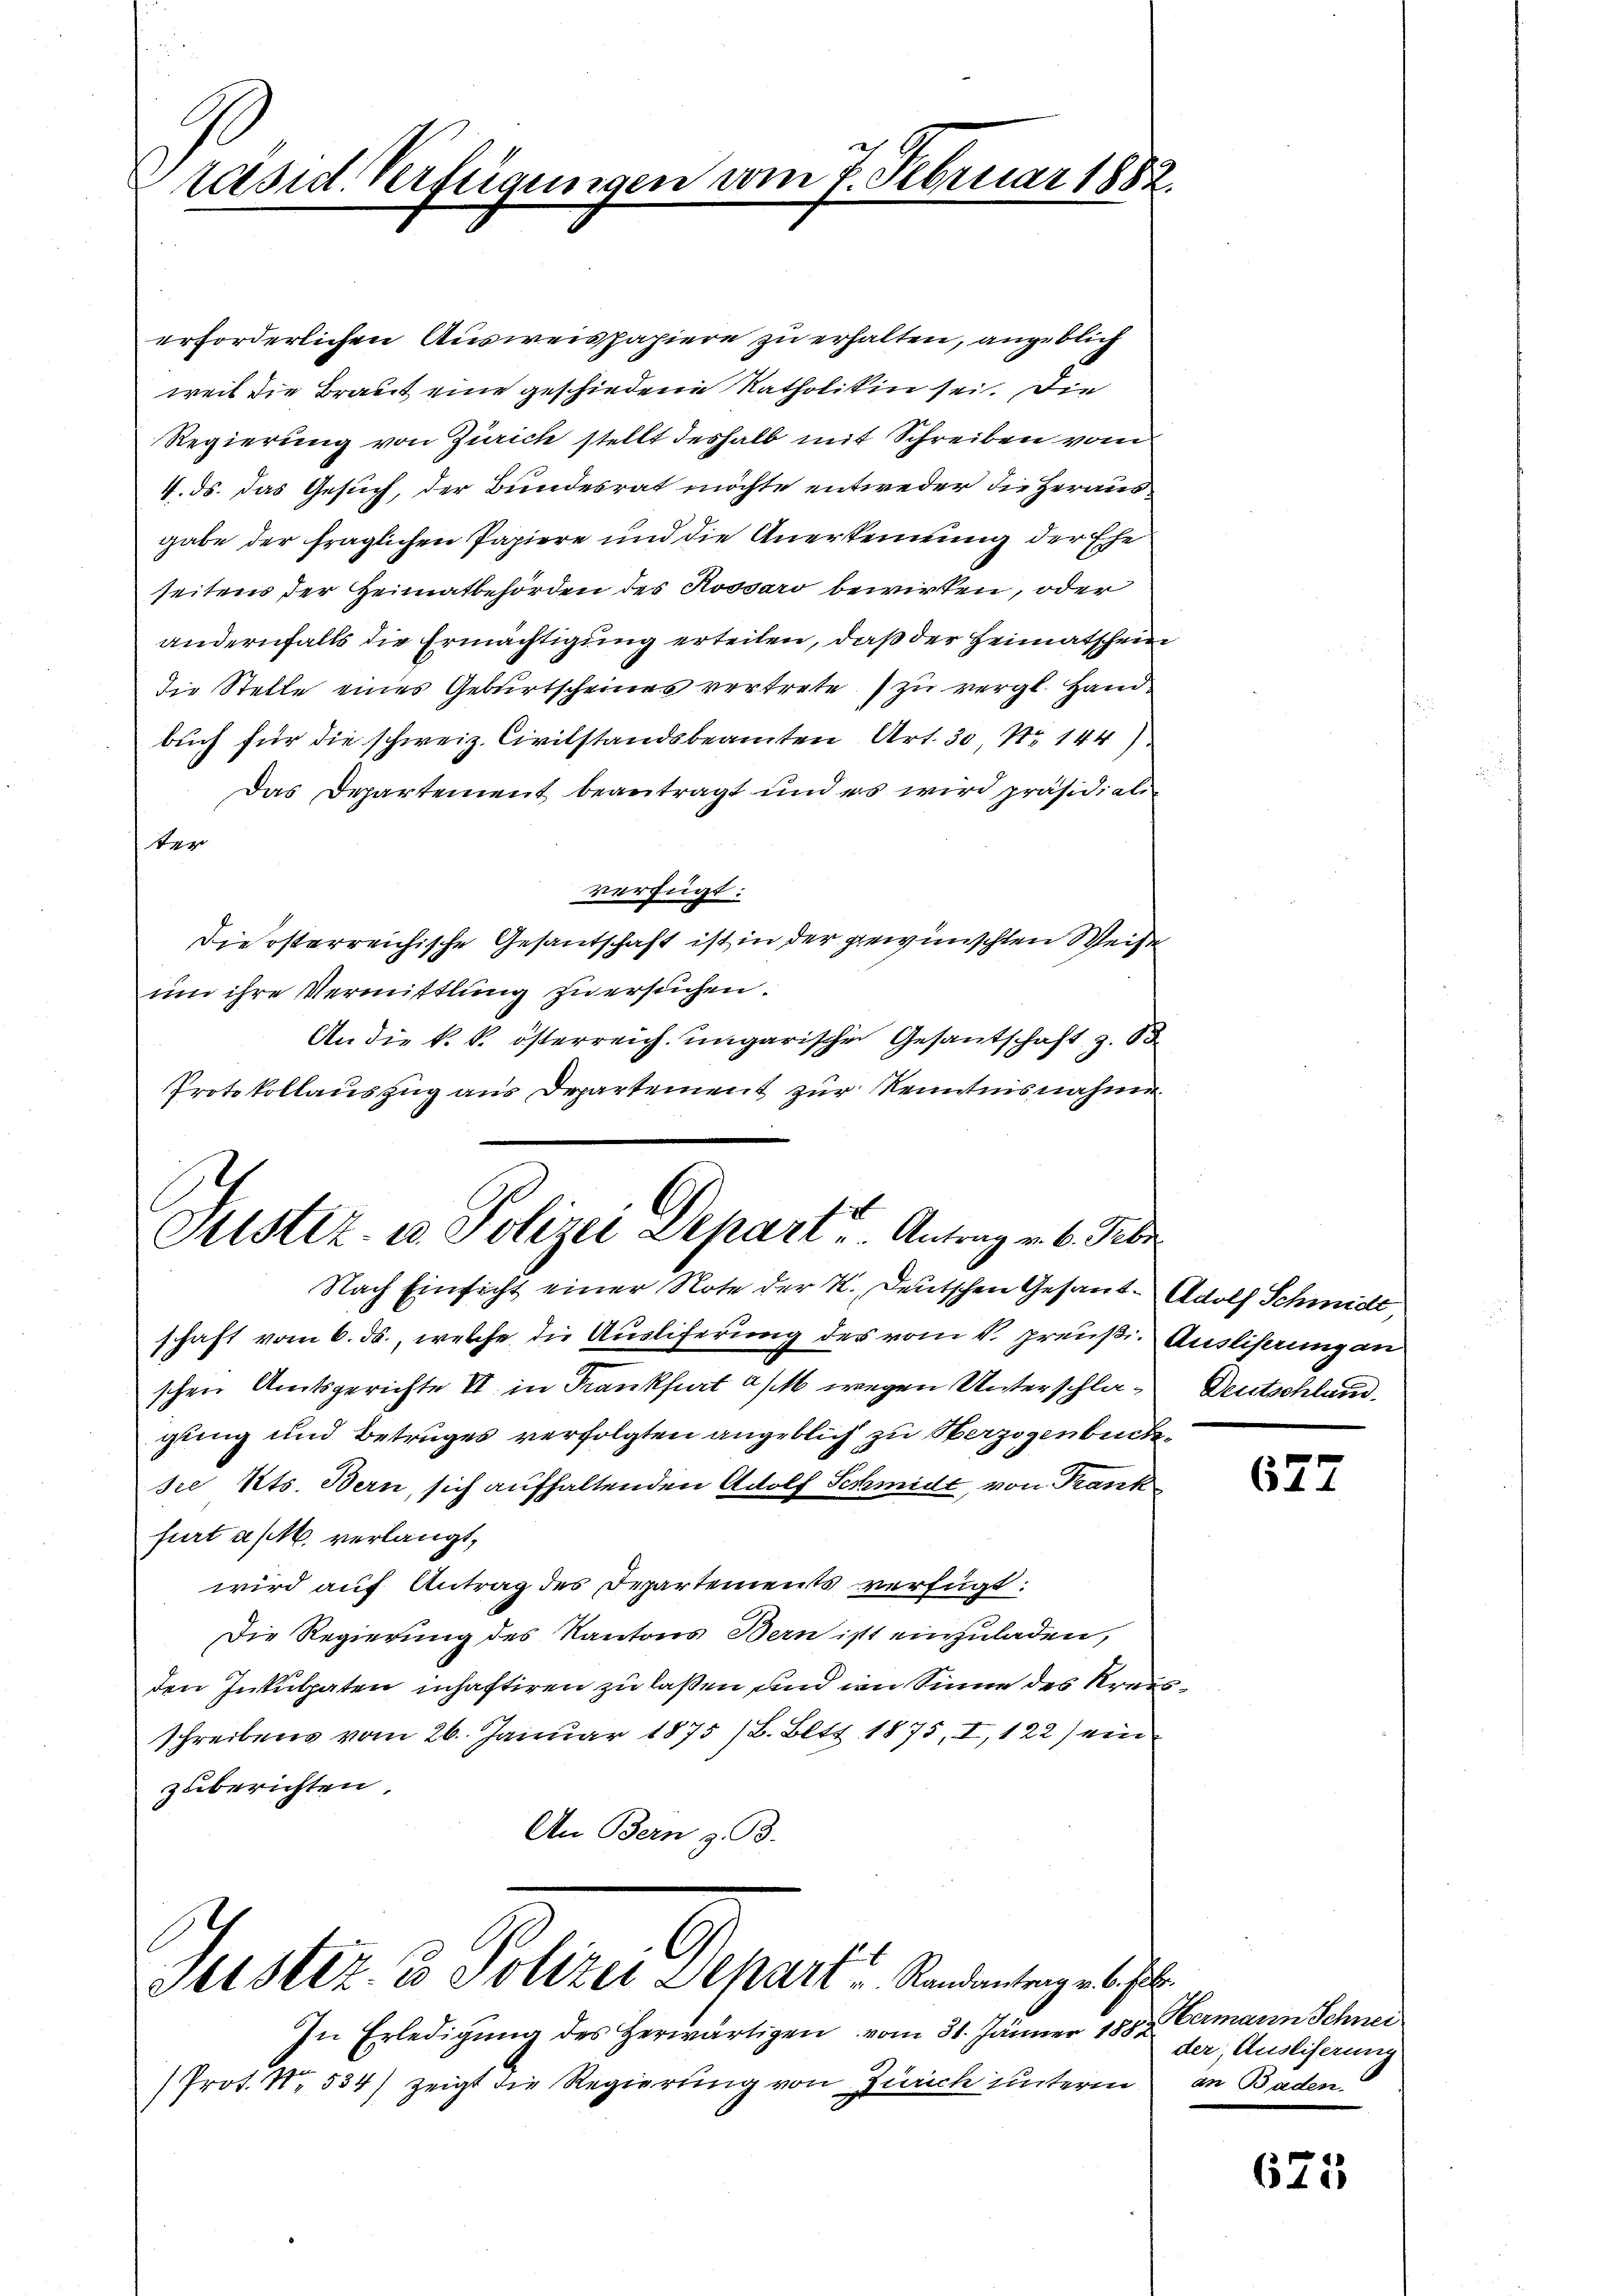
räsid. Verfügungen vom 7. Februar 1882.

erforderlichen Ausweispapiere zu erhalten, angeblich
weil die Braut eine geschiedene Katholiken sei. Die
Regierung von Zürich stellt deshalb mit Schreiben vom
4. ds. das Gesuch, der Bundesrat möchte entweder die Herausgabe der fraglichen Papiere und die Anerkennung der Ehe
seitens der Heimatbehörden des Kossaro bewirken, oder
andernfalls die Ermächtigung erteilen, daß der Heimatschein
die Stelle eines Geburtscheines vertrete zu vergl. Hand
buch für die schweiz. Civilstandsbeamten Art. 30, No 144)
Das Departement beantragt und es wird präsidial-
ter
verfügt:
Die österreichische Gesandschaft ist in der gewünschten Weise
um ihre Vermittlung zu ersuchen.
An die k. k. österreich ungarischen Gesantschaft z. B
Protokollauszug aus Departement zur Kenntnisnahme

Justiz- u Polizei Depart. Antrag v. 6. Febr

Guster, u. Petere Departe Kanderengels

Nach Einsicht einer Note der K. Deutschen Gesamt-Adolf Schmidt,
schaft vom 6. ds., welche die Ausliferung des vom 4. preuß. Ausliserung an
schen Amtsgerichte VI in Krankfurt a/M. wegen Unterschla¬ Deutschland.
gung und Betruges verfolgten angeblich zu erzogenbücksee Kts. Bern, sich aufhaltenden Adolf Schmidt, von Frank
furt a/M. verlangt,
wird auf Antrag des Departements verfügt:
Die Regierung des Kantons Bern ist einzuladen,
den Inkulpaten inhaftiren zu laßen und im Sinne des Kreisschreibens vom 26. Januar 1875 /B. Bett 1875, I, 122) ein
zuberichten.
An Bern z. B.

In Erledigung des Herwärtigen vom 31. Jänner 1882
(Prot. N. 534) zeigt die Regierung von Zürich unterm an Baden.

627

Hermann Schnei
der, Ausliserung

675